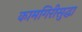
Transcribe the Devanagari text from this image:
कामगिरीसुद्धा